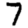
Digit: 7